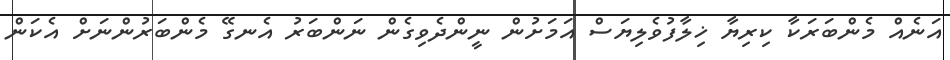
އަނެއް މެންބަރަކާ ކިރިޔާ ޚިލާފުވެލިޔަސް އަމަށުން ނީންދެވިގެން ނަންބަރު އެނގޭ މެންބަރުންނަށް އެކަން